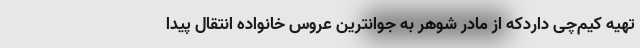
تهیه کیم‌چی داردکه از مادر شوهر به جوانترین عروس خانواده انتقال پیدا